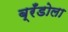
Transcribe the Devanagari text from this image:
ब्रँडोला